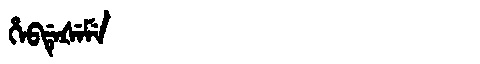
Manchu: ᡥᡝᠪᡩᡝᡧᡝᠮᡝ
Romanization: HEBDEŠEME